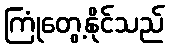
ကြုံတွေ့နိုင်သည်